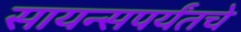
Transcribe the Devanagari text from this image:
सायन्सपर्यंतचे